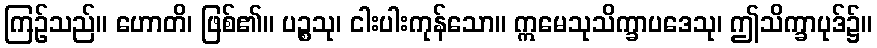
ကြဉ်သည်။ ဟောတိ၊ ဖြစ်၏။ ပဉ္စသု၊ ငါးပါးကုန်သော။ ဣမေသုသိက္ခာပဒေသု၊ ဤသိက္ခာပုဒ်၌။